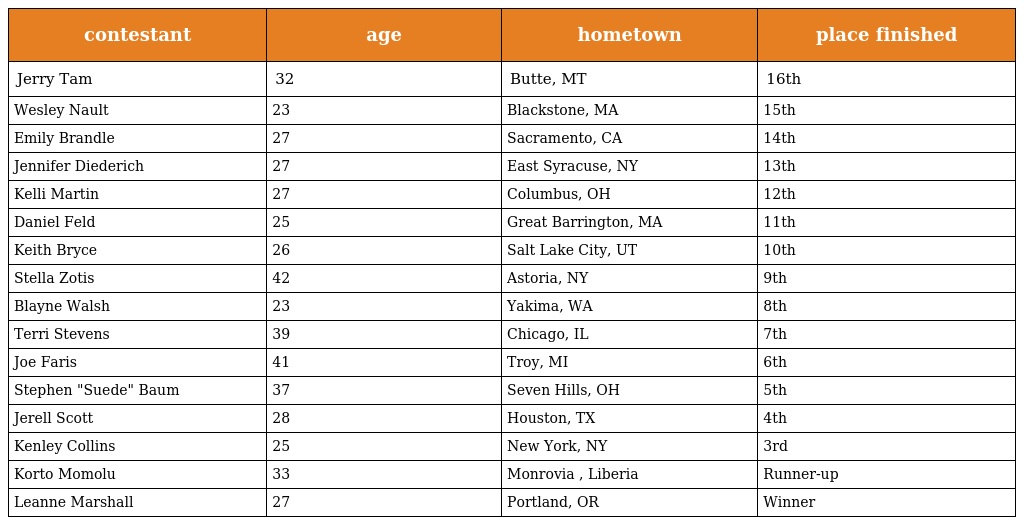
| contestant | age | hometown | place finished |
 | --- | --- | --- | --- |
 | Jerry Tam | 32 | Butte, MT | 16th |
 | Wesley Nault | 23 | Blackstone, MA | 15th |
 | Emily Brandle | 27 | Sacramento, CA | 14th |
 | Jennifer Diederich | 27 | East Syracuse, NY | 13th |
 | Kelli Martin | 27 | Columbus, OH | 12th |
 | Daniel Feld | 25 | Great Barrington, MA | 11th |
 | Keith Bryce | 26 | Salt Lake City, UT | 10th |
 | Stella Zotis | 42 | Astoria, NY | 9th |
 | Blayne Walsh | 23 | Yakima, WA | 8th |
 | Terri Stevens | 39 | Chicago, IL | 7th |
 | Joe Faris | 41 | Troy, MI | 6th |
 | Stephen "Suede" Baum | 37 | Seven Hills, OH | 5th |
 | Jerell Scott | 28 | Houston, TX | 4th |
 | Kenley Collins | 25 | New York, NY | 3rd |
 | Korto Momolu | 33 | Monrovia , Liberia | Runner-up |
 | Leanne Marshall | 27 | Portland, OR | Winner |